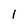
Character: 1